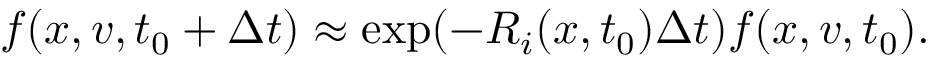
f ( x , v , t _ { 0 } + \Delta t ) \approx \exp ( - R _ { i } ( x , t _ { 0 } ) \Delta t ) f ( x , v , t _ { 0 } ) .